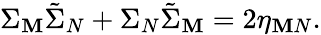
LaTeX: \Sigma_{\mathbf{M}}\tilde{{\Sigma}}_{N}+\Sigma_{N}\tilde{{\Sigma}}_{\mathbf{M}}=2\eta_{\mathbf{M}N}.